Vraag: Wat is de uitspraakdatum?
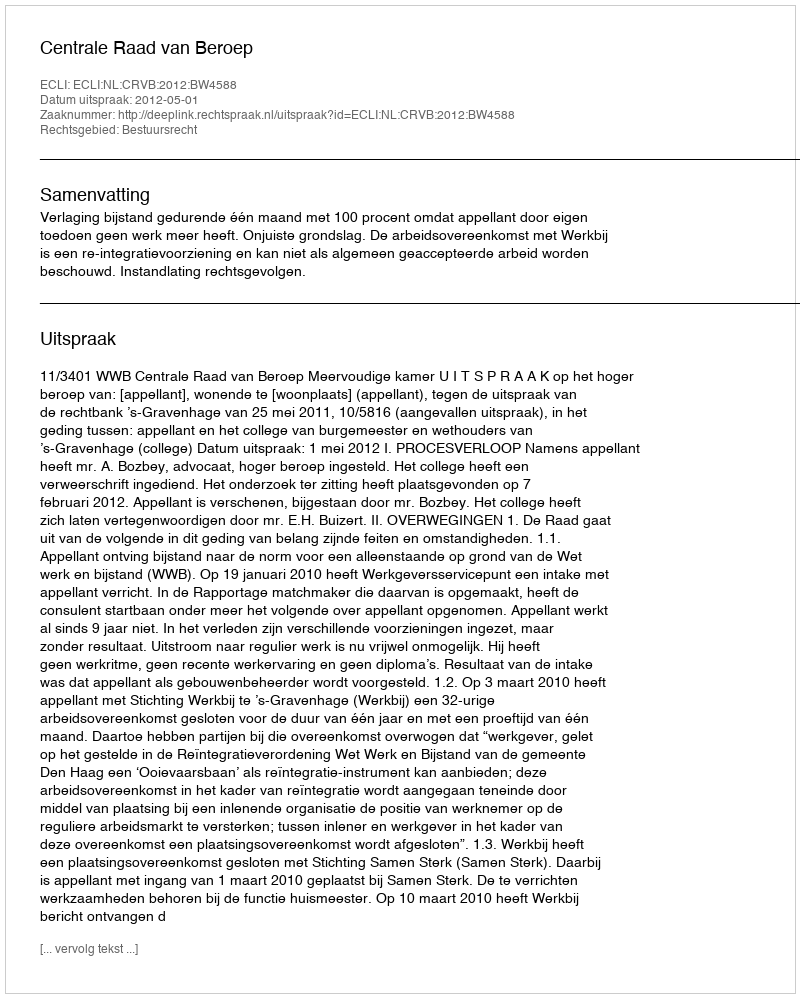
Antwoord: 2012-05-01